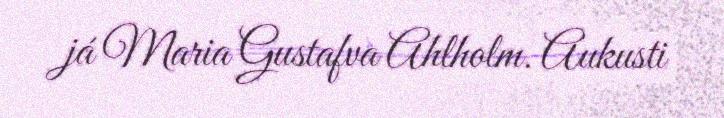
já Maria Gustafva Ahlholm. Aukusti